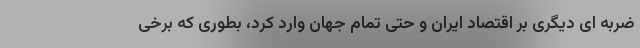
ضربه ای دیگری بر اقتصاد ایران و حتی تمام جهان وارد کرد، بطوری که برخی